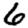
Digit: 6